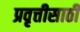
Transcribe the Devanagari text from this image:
प्रवृत्तीसाठी